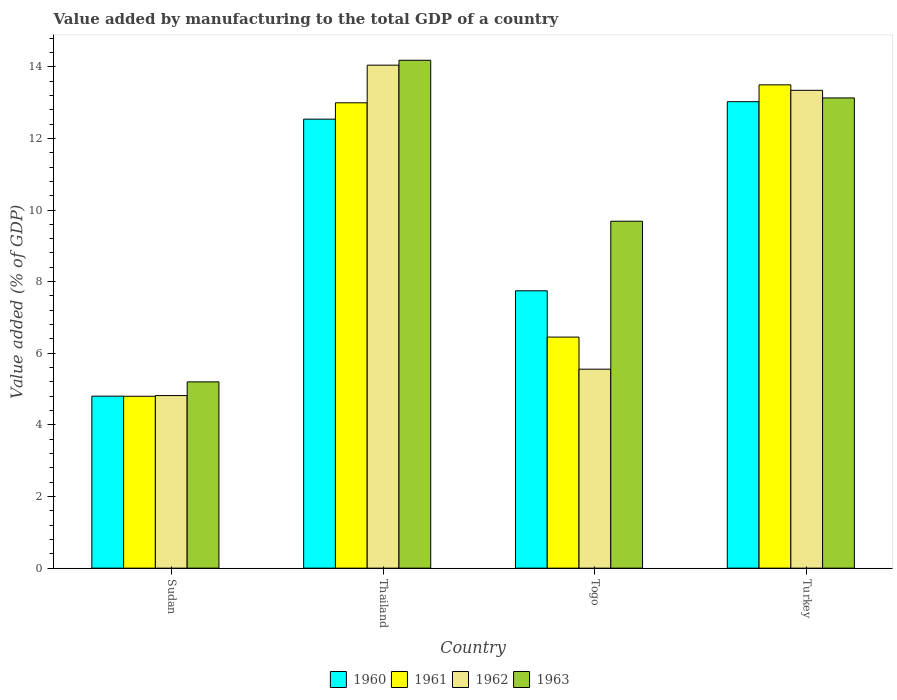
| Country | 1960 | 1961 | 1962 | 1963 |
 | --- | --- | --- | --- | --- |
 | Sudan | 4.8 | 4.8 | 4.82 | 5.2 |
 | Thailand | 12.5 | 13 | 14 | 14.2 |
 | Togo | 7.74 | 6.45 | 5.56 | 9.69 |
 | Turkey | 13 | 13.5 | 13.3 | 13.1 |